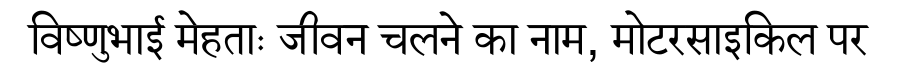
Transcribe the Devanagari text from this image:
विष्णुभाई मेहताः जीवन चलने का नाम, मोटरसाइकिल पर